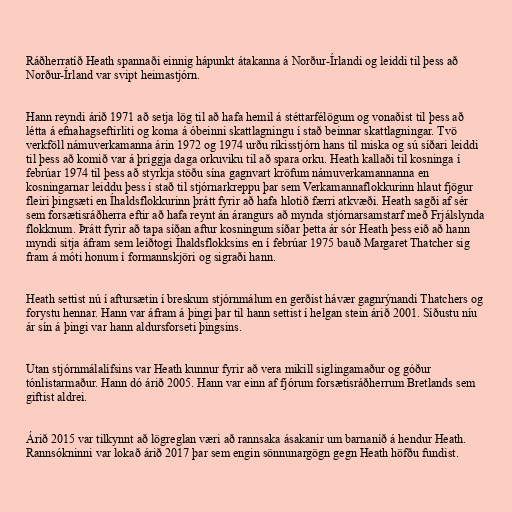
Ráðherratíð Heath spannaði einnig hápunkt átakanna á Norður-Írlandi og leiddi til þess að
Norður-Írland var svipt heimastjórn.

Hann reyndi árið 1971 að setja lög til að hafa hemil á stéttarfélögum og vonaðist til þess að
létta á efnahagseftirliti og koma á óbeinni skattlagningu í stað beinnar skattlagningar. Tvö
verkföll námuverkamanna árin 1972 og 1974 urðu ríkisstjórn hans til miska og sú síðari leiddi
til þess að komið var á þriggja daga orkuviku til að spara orku. Heath kallaði til kosninga í
febrúar 1974 til þess að styrkja stöðu sína gagnvart kröfum námuverkamannanna en
kosningarnar leiddu þess í stað til stjórnarkreppu þar sem Verkamannaflokkurinn hlaut fjögur
fleiri þingsæti en Íhaldsflokkurinn þrátt fyrir að hafa hlotið færri atkvæði. Heath sagði af sér
sem forsætisráðherra eftir að hafa reynt án árangurs að mynda stjórnarsamstarf með Frjálslynda
flokknum. Þrátt fyrir að tapa síðan aftur kosningum síðar þetta ár sór Heath þess eið að hann
myndi sitja áfram sem leiðtogi Íhaldsflokksins en í febrúar 1975 bauð Margaret Thatcher sig
fram á móti honum í formannskjöri og sigraði hann.

Heath settist nú í aftursætin í breskum stjórnmálum en gerðist hávær gagnrýnandi Thatchers og
forystu hennar. Hann var áfram á þingi þar til hann settist í helgan stein árið 2001. Síðustu níu
ár sín á þingi var hann aldursforseti þingsins.

Utan stjórnmálalífsins var Heath kunnur fyrir að vera mikill siglingamaður og góður
tónlistarmaður. Hann dó árið 2005. Hann var einn af fjórum forsætisráðherrum Bretlands sem
giftist aldrei.

Árið 2015 var tilkynnt að lögreglan væri að rannsaka ásakanir um barnaníð á hendur Heath.
Rannsókninni var lokað árið 2017 þar sem engin sönnunargögn gegn Heath höfðu fundist.